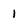
Character: 1